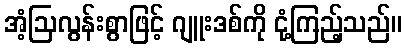
အံ့ဩလွန်းစွာဖြင့် ဂျူးဒစ်ကို ငုံ့ကြည့်သည်။